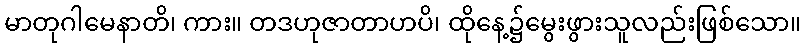
မာတုဂါမေနာတိ၊ ကား။ တဒဟုဇာတာဟပိ၊ ထိုနေ့၌မွေးဖွားသူလည်းဖြစ်သော။